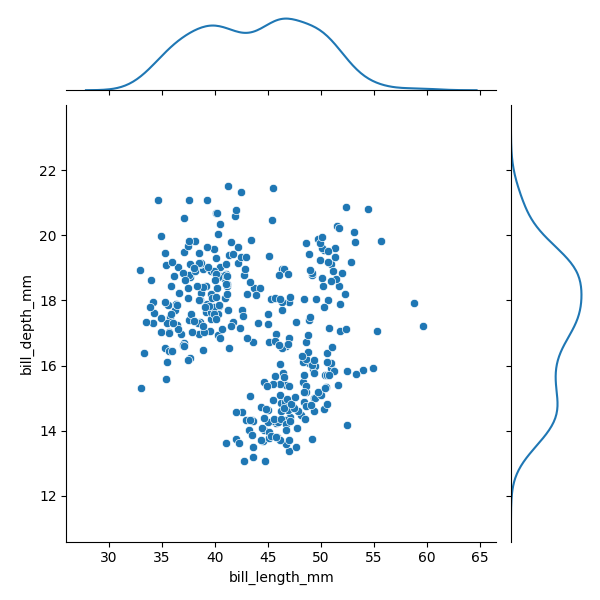
python, seaborn, JointGrid, scatterplot, kdeplot